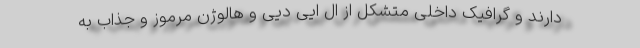
دارند و گرافیک داخلی متشکل از ال ایی دیی و هالوژن مرموز و جذاب به